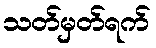
သတ်မှတ်ရက်